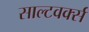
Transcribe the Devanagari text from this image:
साल्टवर्क्स